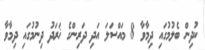
ކުދިން ބެލުމުގައި ދިމާވާ 8 މައްސަލަ އަދި ދަރިންގެ ޚަރަދު ދިނުމުގައި ދިމާވާ